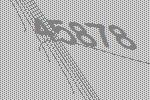
45878